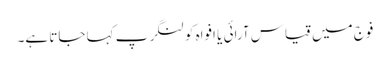
فوج میں قیاس آرائی یا افواہ کو لنگر پ کہا جاتا ہے۔